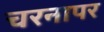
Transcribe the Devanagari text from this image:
चरनापर